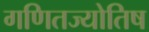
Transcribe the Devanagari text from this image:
गणितज्योतिष